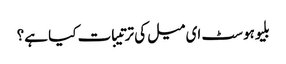
بلیوہوسٹ ای میل کی ترتیبات کیا ہے؟